Report on sanitation, dispensaries, and jails in Rajputana for 1917, and on vaccination for the year 1917-1918 - 1917-1918
Year: 1917
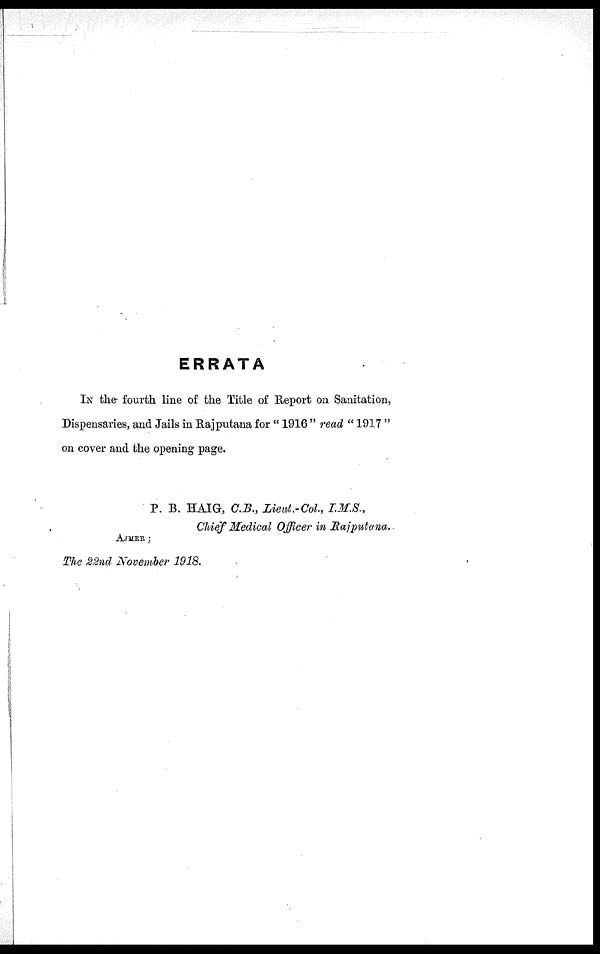
ERRATA
IN the fourth line of the Title of Report on Sanitation,
Dispensaries, and Jails in Rajputana for " 1916 " read " 1917 "
on cover and the opening page.
P. B. HAIG, C.B., Lieut.- Col, I.M.S.,
Chief Medical Officer in Rajputana.
AJMER;
The 22nd November 1918.